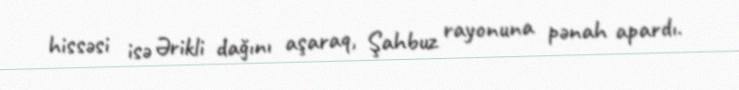
hissəsi isə Ərikli dağını aşaraq, Şahbuz rayonuna pənah apardı.